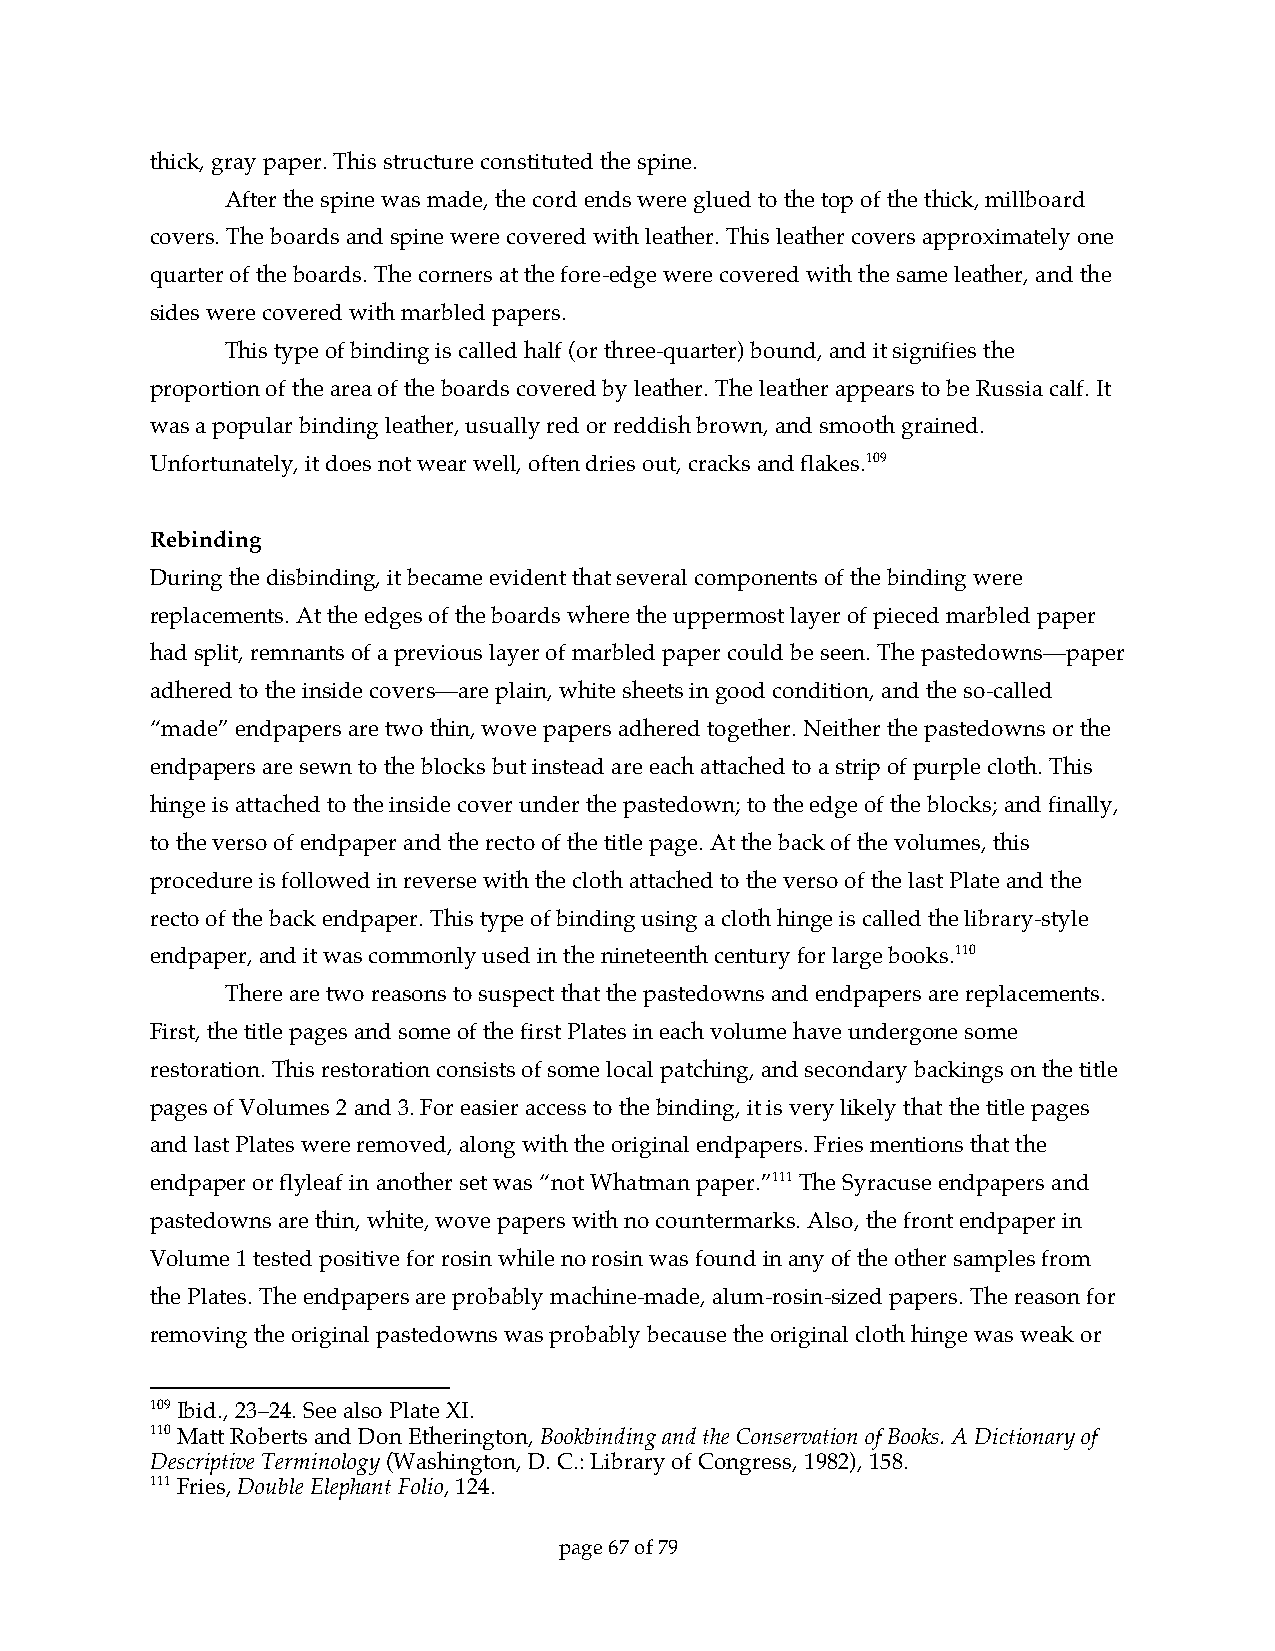
thick, gray paper. This structure constituted the spine.
 After the spine was made, the cord ends were glued to the top of the thick, millboard
 covers. The boards and spine were covered with leather. This leather covers approximately one
 quarter of the boards. The corners at the fore-edge were covered with the same leather, and the
 sides were covered with marbled papers.
 This type of binding is called half (or three-quarter) bound, and it signifies the
 proportion of the area of the boards covered by leather. The leather appears to be Russia calf. It
 was a popular binding leather, usually red or reddish brown, and smooth grained.
 Unfortunately, it does not wear well, often dries out, cracks and flakes.109
 Rebinding
 During the disbinding, it became evident that several components of the binding were
 replacements. At the edges of the boards where the uppermost layer of pieced marbled paper
 had split, remnants of a previous layer of marbled paper could be seen. The pastedowns—paper
 adhered to the inside covers—are plain, white sheets in good condition, and the so-called
 “made” endpapers are two thin, wove papers adhered together. Neither the pastedowns or the
 endpapers are sewn to the blocks but instead are each attached to a strip of purple cloth. This
 hinge is attached to the inside cover under the pastedown; to the edge of the blocks; and finally,
 to the verso of endpaper and the recto of the title page. At the back of the volumes, this
 procedure is followed in reverse with the cloth attached to the verso of the last Plate and the
 recto of the back endpaper. This type of binding using a cloth hinge is called the library-style
 endpaper, and it was commonly used in the nineteenth century for large books.110
 There are two reasons to suspect that the pastedowns and endpapers are replacements.
 First, the title pages and some of the first Plates in each volume have undergone some
 restoration. This restoration consists of some local patching, and secondary backings on the title
 pages of Volumes 2 and 3. For easier access to the binding, it is very likely that the title pages
 and last Plates were removed, along with the original endpapers. Fries mentions that the
 endpaper or flyleaf in another set was “not Whatman paper.”111 The Syracuse endpapers and
 pastedowns are thin, white, wove papers with no countermarks. Also, the front endpaper in
 Volume 1 tested positive for rosin while no rosin was found in any of the other samples from
 the Plates. The endpapers are probably machine-made, alum-rosin-sized papers. The reason for
 removing the original pastedowns was probably because the original cloth hinge was weak or
 109 Ibid., 23–24. See also Plate XI.
 110 Matt Roberts and Don Etherington, Bookbinding and the Conservation of Books. A Dictionary of
 Descriptive Terminology (Washington, D. C.: Library of Congress, 1982), 158.
 111 Fries, Double Elephant Folio, 124.
 page 67 of 79